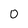
Character: O